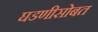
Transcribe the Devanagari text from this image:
घडणीसोबत